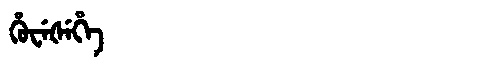
Manchu: ᡥᡠᠸᡝᡧᡝᡥᡝ
Romanization: HUWEŠEHE